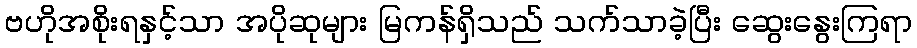
ဗဟိုအစိုးရနှင့်သာ အပိုဆုများ မြကန်ရှိသည် သက်သာခဲ့ပြီး ဆွေးနွေးကြရာ